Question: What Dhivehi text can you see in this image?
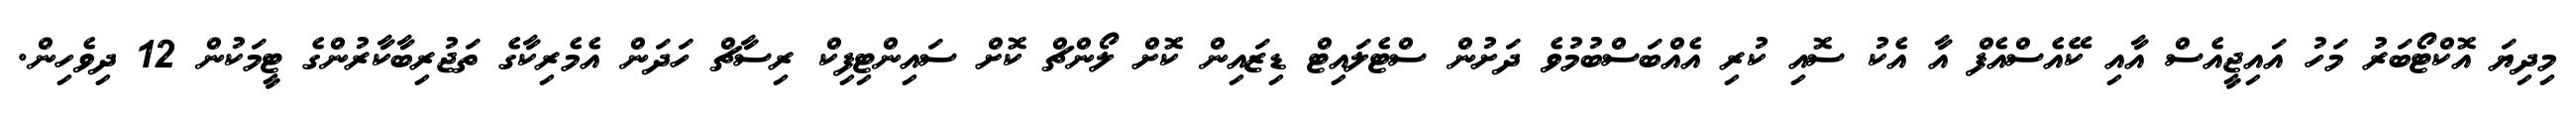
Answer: މިދިޔަ އޮކްޓޯބަރު މަހު އައިޖީއެސް އާއި ކޭއެސްއެފް އާ އެކު ސޮއި ކުރި އެއްބަސްބުމުވެ ދަށުން ސްޓެލައިޓް ޑިޒައިން ކޮށް ލޯންޗް ކޮށް ސައިންޓިފިކް ރިސާޗް ހަދަން އެމެރިކާގެ ތަޖުރިބާކާރުންގެ ޓީމަކުން 12 ދިވެހިން.